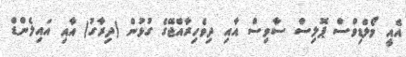
އެއީ މޯލްޑިވްސް ޕޮލިސް ސާވިސް އާއި ދިވެހިރާއްޖޭގެ ގުޅުން (ދިރާގު) އާއި އައިލެންޑް